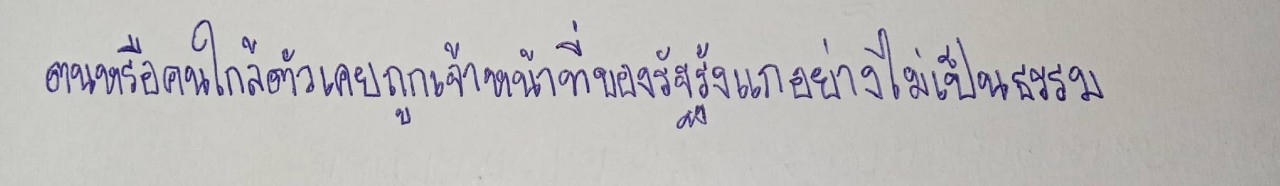
ตนหรือคนใกล้ตัวเคยถูกเจ้าหน้าที่ของรัฐรังแกอย่างไม่เป็นธรรม)